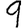
Digit: 9